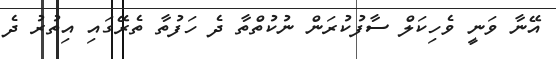
އޭނާ ވަނީ ވެހިކަލް ސާފުކުރަން ނުކުތްތާ ދެ ހަފުތާ ތެރޭގައި އިތުރު ދެ